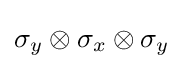
\sigma _{y}\otimes \sigma _{x}\otimes \sigma _{y}